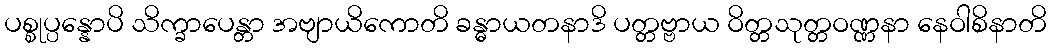
ပစ္စုပ္ပန္နောပိ သိက္ခာပေန္တာ အဗျာယိကောတိ ခန္ဓာယတနာဒိ ပတ္တဗ္ဗာယ ဝိတ္တသုတ္တဝဏ္ဏနာ နေဝါစိနာတိ